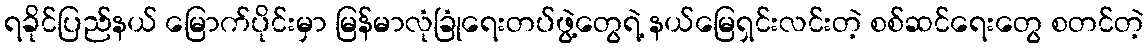
ရခိုင်ပြည်နယ် မြောက်ပိုင်းမှာ မြန်မာလုံခြုံရေးတပ်ဖွဲ့တွေရဲ့ နယ်မြေရှင်းလင်းတဲ့ စစ်ဆင်ရေးတွေ စတင်တဲ့